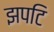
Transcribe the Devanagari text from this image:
झपटि